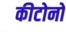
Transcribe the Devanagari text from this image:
कीटोनो